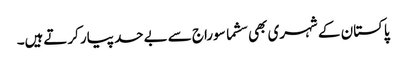
پاکستان کے شہری بھی سشما سوراج سے بےحد پیار کرتےہیں۔